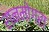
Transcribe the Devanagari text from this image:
रानमोगरा